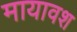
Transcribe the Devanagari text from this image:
मायावश